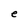
Character: e